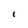
Character: I